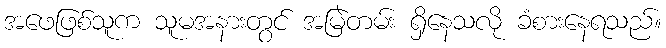
အဖေဖြစ်သူက သူမအနားတွင် အမြဲတမ်း ရှိနေသလို ခံစားနေရသည်။